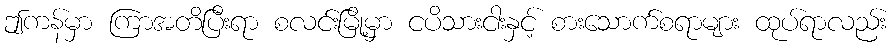
ဤကန်မှာ ကြာအတိပြီးရာ စလင်းမြို့မှာ ငပိသားငါးနှင့် စားသောက်စရာများ ထုပ်ရာလည်း